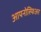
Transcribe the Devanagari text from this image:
आयनोस्फिअर